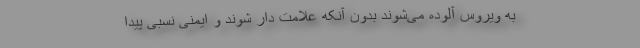
به ویروس آلوده می‌شوند بدون آنکه علامت دار شوند و ایمنی نسبی پیدا